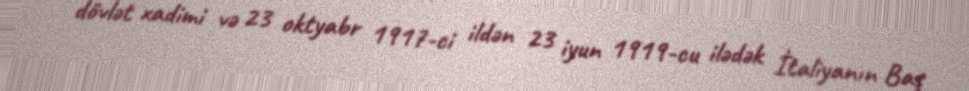
dövlət xadimi və 23 oktyabr 1917-ci ildən 23 iyun 1919-cu ilədək İtaliyanın Baş